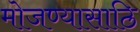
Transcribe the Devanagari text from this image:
मोजण्यासाठि